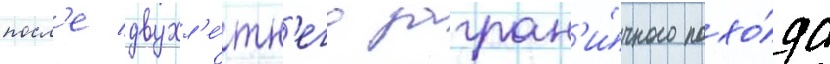
посл'е двухл'е́тн'его загран'и́чного похо́да